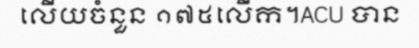
លើយចំនួន ១៧៥លើក។ACU បាន